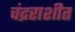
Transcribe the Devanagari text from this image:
चंद्रराशीत